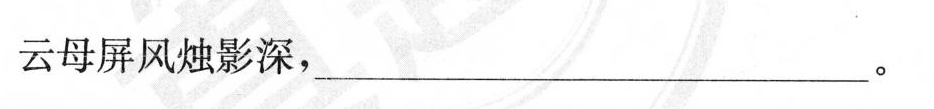
云母屏风烛影深，___。